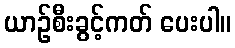
ယာဉ်စီးခွင့်ကတ် ပေးပါ။